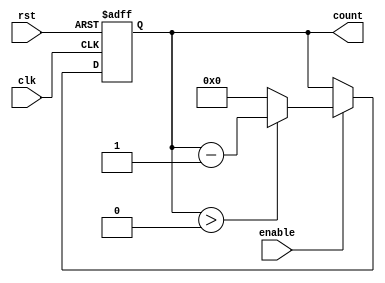
module decremental_counter #(
    parameter MAX_VALUE = 255, // Define the maximum count value
    parameter WIDTH = 8        // Define the width of the counter
)(
    input wire clk,            // Clock signal
    input wire rst,            // Asynchronous reset signal
    input wire enable,         // Control signal to enable decrement
    output reg [WIDTH-1:0] count // Current count value in binary form
);

    // Initialize the count value on reset or decrement on clock edge
    always @(posedge clk or posedge rst) begin
        if (rst) begin
            // Reset the counter to MAX_VALUE
            count <= MAX_VALUE;
        end else if (enable) begin
            // Decrement the counter if not at zero
            if (count > 0) begin
                count <= count - 1;
            end else begin
                count <= 0; // Keep the count at zero if already at zero
            end
        end
    end

endmodule